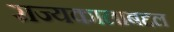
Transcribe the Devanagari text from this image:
राज्यकालाबद्दल